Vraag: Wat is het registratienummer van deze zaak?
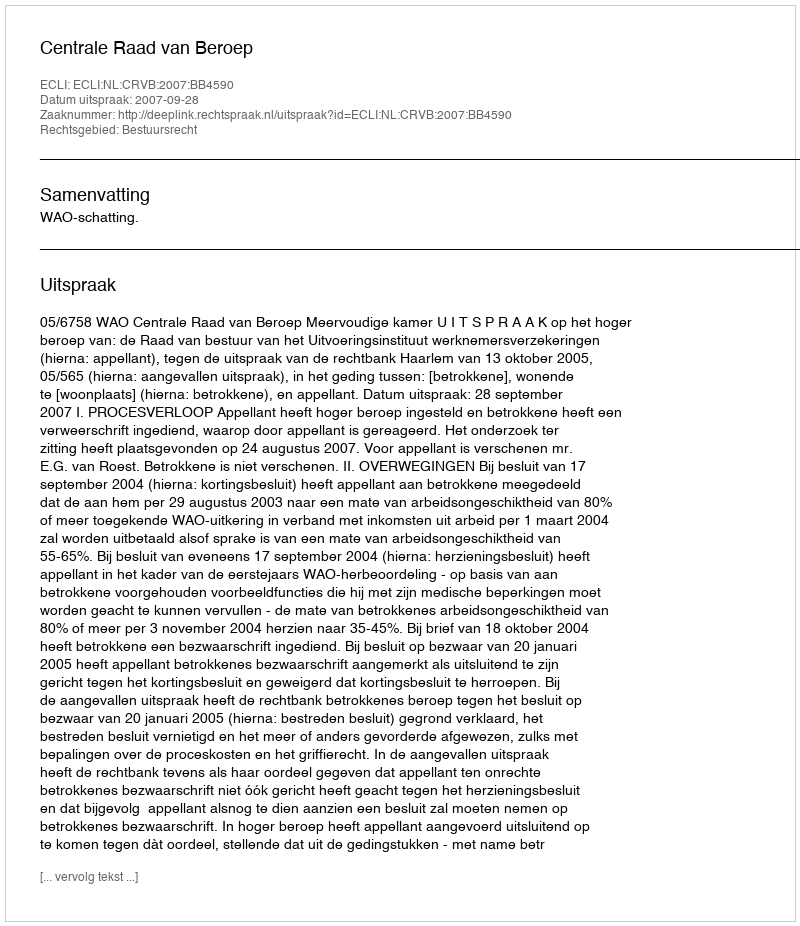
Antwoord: http://deeplink.rechtspraak.nl/uitspraak?id=ECLI:NL:CRVB:2007:BB4590